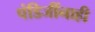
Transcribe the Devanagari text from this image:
पंडिजींनाही